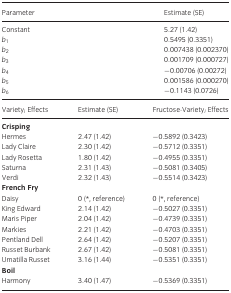
| Parameter | Estimate (SE) |
 | --- | --- |
 | Constant | 5.27 (1.42) |
 | b1 | 0.5495 (0.3351) |
 | b2 | 0.007438 (0.002370) |
 | b3 | 0.001709 (0.000727) |
 | b4 | −0.00706 (0.00272) |
 | b5 | 0.001586 (0.000270) |
 | b6 | −0.1143 (0.0726) |
 | Varietyi Effects | Estimate (SE) | Fructose·Varietyi Effects |
 | <COLSPAN=3> Crisping |
 | Hermes | 2.47 (1.42) | −0.5892 (0.3423) |
 | Lady Claire | 2.30 (1.42) | −0.5712 (0.3351) |
 | Lady Rosetta | 1.80 (1.42) | −0.4955 (0.3351) |
 | Saturna | 2.31 (1.43) | −0.5081 (0.3405) |
 | Verdi | 2.32 (1.43) | −0.5514 (0.3423) |
 | <COLSPAN=3> French Fry |
 | Daisy | 0 (*, reference) | 0 (*, reference) |
 | King Edward | 2.14 (1.42) | −0.5027 (0.3351) |
 | Maris Piper | 2.04 (1.42) | −0.4739 (0.3351) |
 | Markies | 2.21 (1.42) | −0.4703 (0.3351) |
 | Pentland Dell | 2.64 (1.42) | −0.5207 (0.3351) |
 | Russet Burbank | 2.67 (1.42) | −0.5081 (0.3351) |
 | Umatilla Russet | 3.16 (1.44) | −0.5351 (0.3351) |
 | <COLSPAN=3> Boil |
 | Harmony | 3.40 (1.47) | −0.5369 (0.3351) |